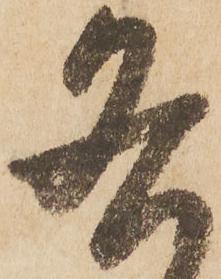
各